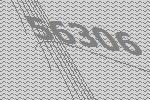
56306